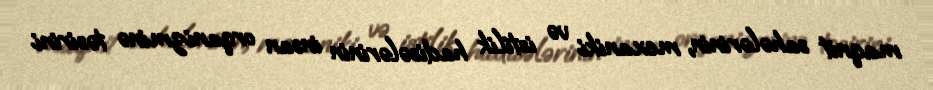
maqnit sahələrinin, mexaniki və istilik hadisələrinin insan orqanizminə təsirini